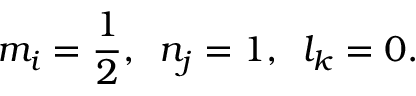
m _ { i } = \frac { 1 } { 2 } , \, \, \, n _ { j } = 1 , \, \, \, l _ { k } = 0 .